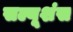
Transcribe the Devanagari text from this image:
सल्यूशंस